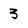
Character: 3